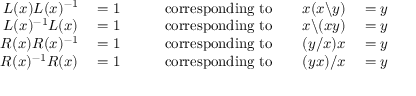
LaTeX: \begin{array} { r l r l } { L ( x ) L ( x ) ^ { - 1 } } & { { } = 1 \qquad } & { { \mathrm { c o r r e s p o n d i n g ~ t o } } \qquad x ( x \backslash y ) } & { { } = y } \\ { L ( x ) ^ { - 1 } L ( x ) } & { { } = 1 \qquad } & { { \mathrm { c o r r e s p o n d i n g ~ t o } } \qquad x \backslash ( x y ) } & { { } = y } \\ { R ( x ) R ( x ) ^ { - 1 } } & { { } = 1 \qquad } & { { \mathrm { c o r r e s p o n d i n g ~ t o } } \qquad ( y / x ) x } & { { } = y } \\ { R ( x ) ^ { - 1 } R ( x ) } & { { } = 1 \qquad } & { { \mathrm { c o r r e s p o n d i n g ~ t o } } \qquad ( y x ) / x } & { { } = y } \end{array}